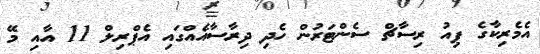
އެމެރިކާގެ ޕިއު ރިސާޗް ސެންޓަރުން ހެދި ދިރާސާއެއްގައި އެޕްރިލް 11 އާއި މޭ